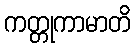
ကတ္တုကာမာတိ